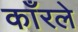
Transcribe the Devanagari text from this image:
काँरले